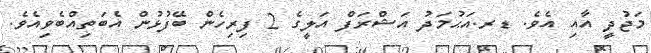
މަޖުދީ އާއި އެވެ. ޑރ.އަޙުމަދު އަޝްރަފް އަލީގެ 2 ފިރިހެން ބޭފުޅުން އެބަތިއްބެވިއެވެ.